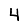
Digit: 4